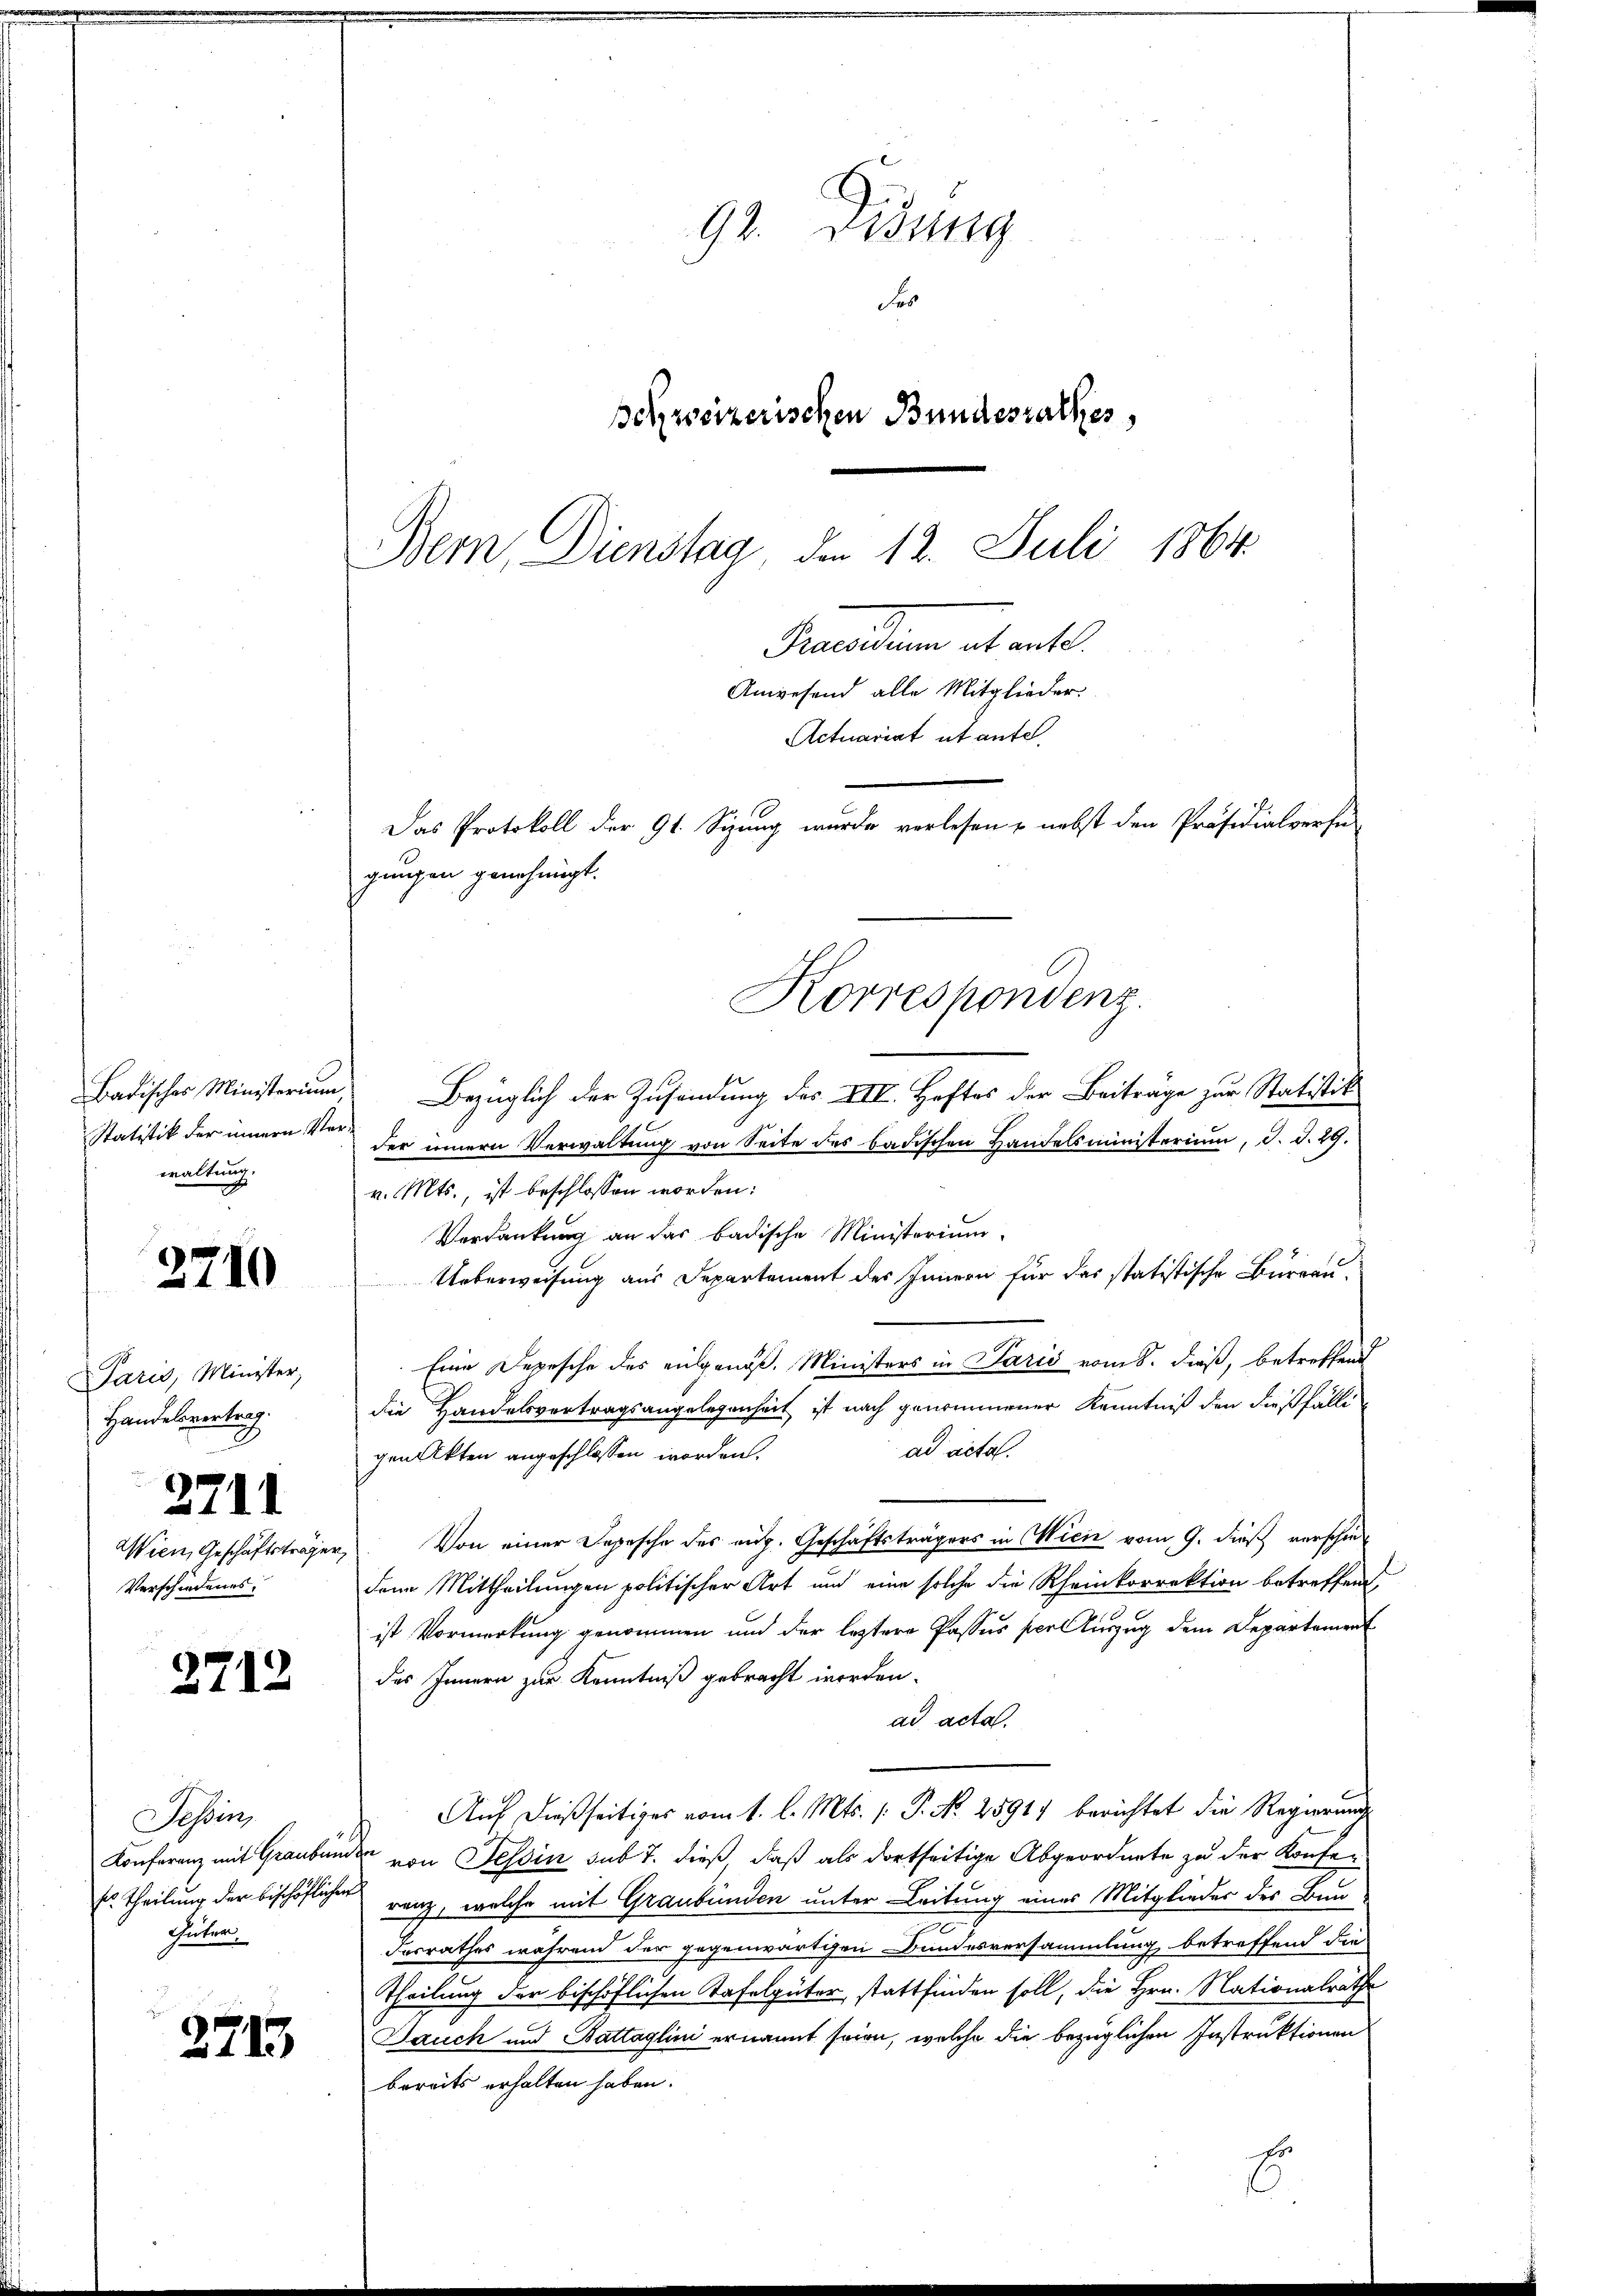
Statitik der innern Verwaltung.

2710

Paris, Minister,
Handelsvertrag.
2711.
Wien, Geschäftsträger,
Verschiedenes,

2712

Tessin,
Güter

2713

92. Didung
F
schweizerischen Bundesrathes,
Bern, Dienstag, den 12. Juli 1864.

Badisches Ministerium, Bezüglich der Zusendung der VII. Heftes der Beitrage zur Statistik
der innern Verwaltung von Seite des badischen Handelsministerium, d. d. 29.
v. Mts., ist beschlossen worden:
Verdankung an das badische Ministerium
Ueberweisung aus Departement des Innern für das statistische Bureau-
Eine Depesche des ausgenöß. Ministers in Paris vom 8. dieß, betreffend
die Handelsvertragsangelegenheit ist nach genommener Kenntniß den dießfälliad acta.
gen Akten angeschlossen worden.
Von einer Depesche des aug. Geschäftsträgers in Wien vom 9. dieß verschieden Mittheilungen politischer Art und eine solche die Rheinkorrektion betreffend,
ist Vormerkung genommen und der leztere Passus per Einzug dem Departement
des Innern zur Kenntniß gebracht worden.
ad acta.
Auf dießseitiges vom 1. l. Mts. (: P. No. 2891) berichtet die Regierung
Konferenz mit Graubünden von Tessin sub 7. dieß, daß als dortseitige Abgeordnete zu der Konfes Theilung der bischöflichen ganz, welche mit Graubünden unter Leitung eines Mitglieder des Bun
a
desrathes während der gegenwärtigen Bundesversammlung betreffend die
Theilung der bischöflichen Tafelgüter stattfinden soll, die Hrn. Nationalrathe
Jauch und Battaglini ernannt seien, welche die bezüglichen Instruktionen
bereits erhalten haben.
E

Das Protokoll der 91. Sizung wurde verlesen & nebst den Präsidialversi
gungen genehmigt.
Korrespondenz.

Precarium et ent
Anwesend alle Mitglieder.
Actuariat et aufe